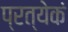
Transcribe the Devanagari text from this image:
प्रत्येकं